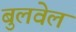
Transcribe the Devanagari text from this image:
बुलवेल